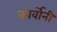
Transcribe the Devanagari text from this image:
कार्वोनी